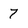
Character: 7